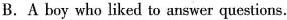
B.A boy who liked to answer questions.